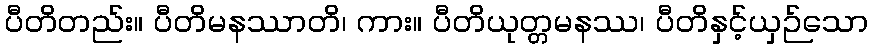
ပီတိတည်း။ ပီတိမနဿာတိ၊ ကား။ ပီတိယုတ္တမနဿ၊ ပီတိနှင့်ယှဉ်သော